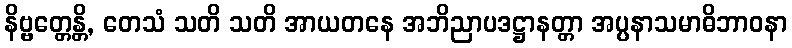
နိဗ္ဗတ္တေန္တိ, တေသံ သတိ သတိ အာယတနေ အဘိညာပဒဋ္ဌာနတ္တာ အပ္ပနာသမာဓိဘာဝနာ